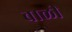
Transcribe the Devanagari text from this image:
बाळी